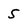
Character: 5